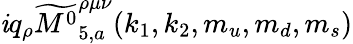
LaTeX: \mathit{i}q_{\rho}\widetilde{{{M^{0}}}}_{5,a}^{\rho\mu\nu}(k_{1},k_{2},m_{u},m_{d},m_{s})